Civil Veterinary Dept. Assam report 1927-50 - 1927-1950
Year: 1927
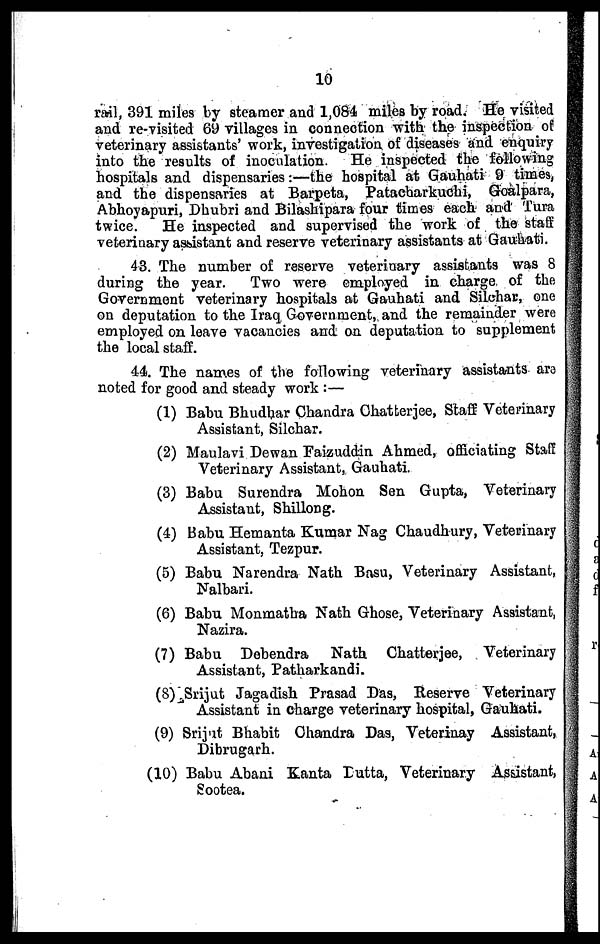
10
rail, 391 miles by steamer and 1,084 miles by road. He visited
and re-visited 69 villages in connection with the inspection of
veterinary assistants' work, investigation of diseases and enquiry
into the results of inoculation. He inspected the following
hospitals and dispensaries:—the hospital at Gauhati 9 times,
and the dispensaries at Barpeta, Patacharkuchi, Goalpara,
Abhoyapuri, Dhubri and Bilashipara four times each and Tura
twice.
He inspected and supervised the work of the staff
veterinary assistant and reserve veterinary assistants at Gauhati.
43. The number of reserve veterinary assistants was 8
during the year.
Two were employed in charge of the
Government veterinary hospitals at Gauhati and Silchar, one
on deputation to the Iraq Government, and the remainder were
employed on leave vacancies and on deputation to supplement
the local staff.
44. The names of the following veterinary assistants are
noted for good and steady work :—
(1) Babu Bhudhar Chandra Chatterjee, Staff Veterinary
Assistant, Silchar.
(2) Maulavi Dewan Faizuddin Ahmed, officiating Staff
Veterinary Assistant, Gauhati.
(3) Babu Surendra Mohon Sen Gupta, Veterinary
Assistant, Shillong.
(4) Babu Hemanta Kumar Nag Chaudhury, Veterinary
Assistant, Tezpur.
(5) Babu Narendra Nath Basu, Veterinary Assistant,
Nalbari.
(6) Babu Monmatha Nath Ghose, Veterinary Assistant,
Nazira.
(7) Babu Debendra
Nath Chatterjee,
Veterinary
Assistant, Patharkandi.
(8) Srijut Jagadish Prasad Das, Reserve Veterinary
Assistant in charge veterinary hospital, Gauhati.
(9) Srijut Bhabit Chandra Das, Veterinay Assistant,
Dibrugarh.
(10) Babu Abani Kanta Dutta, Veterinary Assistant,
Sootea.